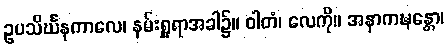
ဥပသိင်္ဃနကာလေ၊ နမ်းရှူရာအခါ၌။ ဝါတံ၊ လေကို။ အနာကဍ္ဎန္တော၊